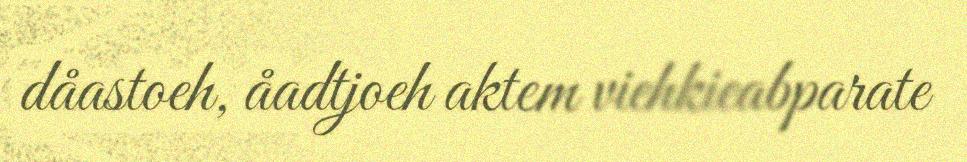
dåastoeh, åadtjoeh aktem viehkieabparate